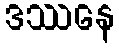
ဒဿနေ